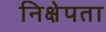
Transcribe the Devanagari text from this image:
निक्षेपता